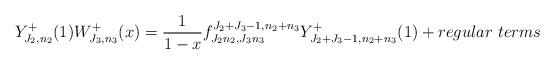
LaTeX: \begin{align*}Y^+_{J_2 ,n_2}(1)W^+_{J_3 ,n_3}(x)=\frac{1}{1-x}f^{J_2 +J_3 -1,n_2 +n_3}_{J_2n_2 ,J_3 n_3}Y^+_{J_2 +J_3 -1,n_2 +n_3}(1) + regular~terms\end{align*}